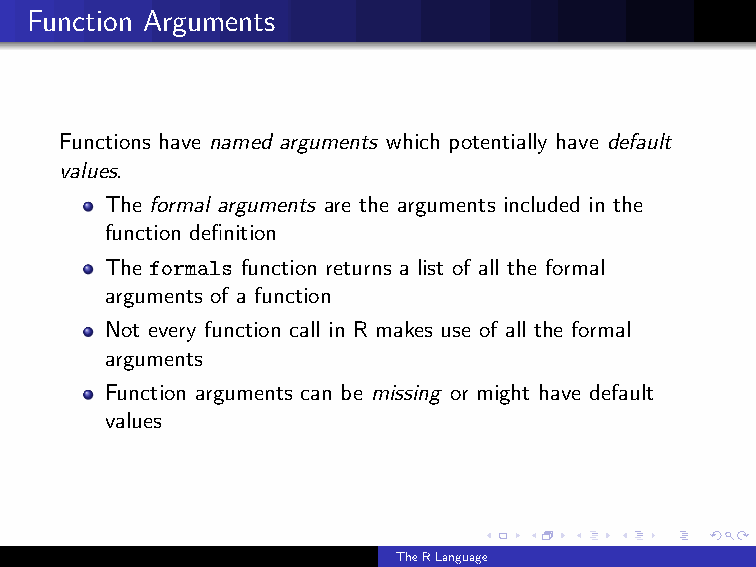
Function Arguments
 Functions have named arguments which potentially have default
 values.
 The formal arguments are the arguments included in the
 function definition
 The formals function returns a list of all the formal
 arguments of a function
 Not every function call in R makes use of all the formal
 arguments
 Function arguments can be missing or might have default
 values
 TheRLanguage